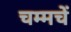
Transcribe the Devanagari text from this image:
चम्मचें